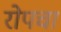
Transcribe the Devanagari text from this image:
रोपचा